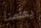
يعلمنا